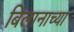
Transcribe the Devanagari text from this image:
बिलानाच्या